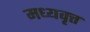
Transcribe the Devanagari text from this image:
मध्यवृत्त